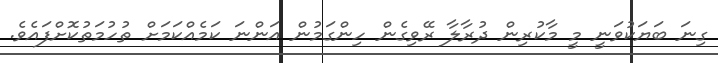
ގިނަ ބަޔަކުވަނީ މީ މާކުރިން ދުރާލާ ރޭވިގެން ހިންގަމުން އަންނަ ކަމެއްކަމަށް ތުހުމަތުކޮށްފައެވެ.